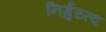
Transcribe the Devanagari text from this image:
निर्गुरुत्व